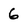
Character: 6